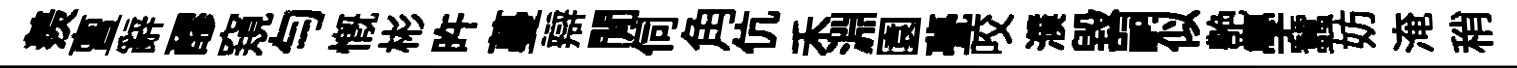
羨亶辭醪窺匀慨彬旿蔓辯閒伺角伉禾淵園甍咬濮毁嗣似艶學蠶妨淹稍